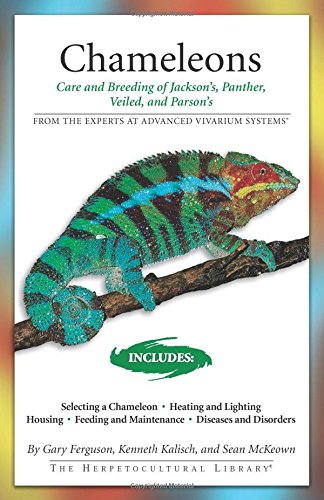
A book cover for Chameleons: Care and Breeding of Jackson's, Panther, Veiled, and Parson's (Advanced Vivarium Systems); Gary Ferguson; Crafts, Hobbies & Home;